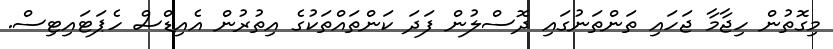
މިގޮތުން ހިޖާމާ ޖަހައި ތަންތަނުގައި ދޮސްލުން ފަދަ ކަންތައްތަކުގެ އިތުރުން އެއިޑްސް ހެޕަޓައިޓިސް.